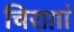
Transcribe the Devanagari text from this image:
चिराग़ां